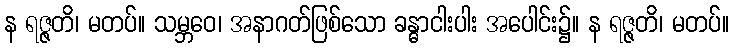
န ရဇ္ဇတိ၊ မတပ်။ သမ္ဘဝေ၊ အနာဂတ်ဖြစ်သော ခန္ဓာငါးပါး အပေါင်း၌။ န ရဇ္ဇတိ၊ မတပ်။